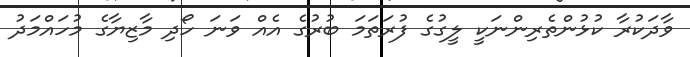
ވާދަކުރާ ކުޅުންތެރިންނަކީ ލީގުގެ ފުރަތަމަ ބުރުގެ އެއް ވަނަ ހޯދި މާޒިޔާގެ މުހައްމަދު